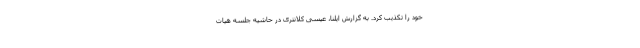
خود را تکذیب کرد. به گزارش ایلنا، عیسی کلانتری در حاشیه جلسه هیات